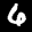
Label: 6